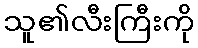
သူ၏လီးကြီးကို